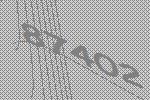
87402